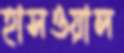
হাসওয়াল